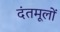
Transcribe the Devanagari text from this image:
दंतमूलों